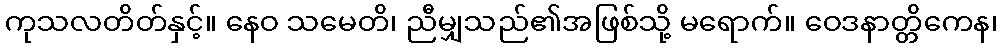
ကုသလတိတ်နှင့်။ နေဝ သမေတိ၊ ညီမျှသည်၏အဖြစ်သို့ မရောက်။ ဝေဒနာတ္တိကေန၊